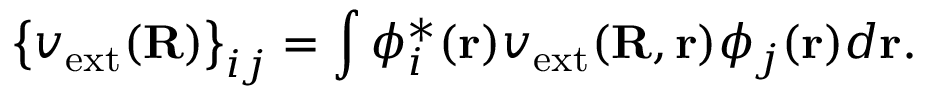
{ \displaystyle \left\{ v _ { \mathrm { e x t } } ( { \bf R } ) \right\} _ { i j } = \int \phi _ { i } ^ { * } ( { \bf r } ) v _ { \mathrm { e x t } } ( { \bf R } , { \bf r } ) \phi _ { j } ( { \bf r } ) d { \bf r } } .